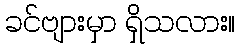
ခင်ဗျားမှာ ရှိသလား။